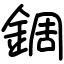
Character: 錭